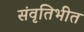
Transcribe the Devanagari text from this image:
संवृतिभीत